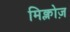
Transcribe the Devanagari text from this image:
मिक्लोज़